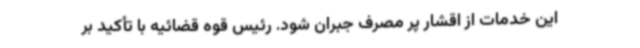
این خدمات از اقشار پر مصرف جبران شود. رئیس قوه قضائیه با تأکید بر